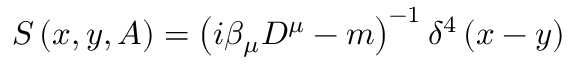
S \left( x , y , A \right) = \left( i \beta _ { \mu } D ^ { \mu } - m \right) ^ { - 1 } \delta ^ { 4 } \left( x - y \right)